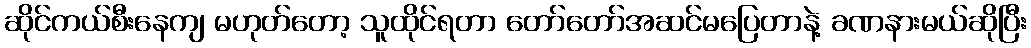
ဆိုင်ကယ်စီးနေကျ မဟုတ်တော့ သူထိုင်ရတာ တော်တော်အဆင်မပြေတာနဲ့ ခဏနားမယ်ဆိုပြီး